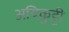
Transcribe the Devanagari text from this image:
अयिकुट्टी